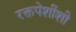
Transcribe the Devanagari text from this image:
रक्तपेशींशी